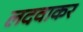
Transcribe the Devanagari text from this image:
लदवाकर